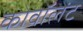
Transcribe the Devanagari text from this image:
कोवॉलेंट